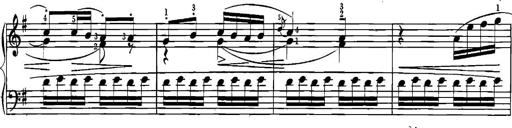
Title: Sonatina for Piano
Composer: BÃ©la BartÃ³k